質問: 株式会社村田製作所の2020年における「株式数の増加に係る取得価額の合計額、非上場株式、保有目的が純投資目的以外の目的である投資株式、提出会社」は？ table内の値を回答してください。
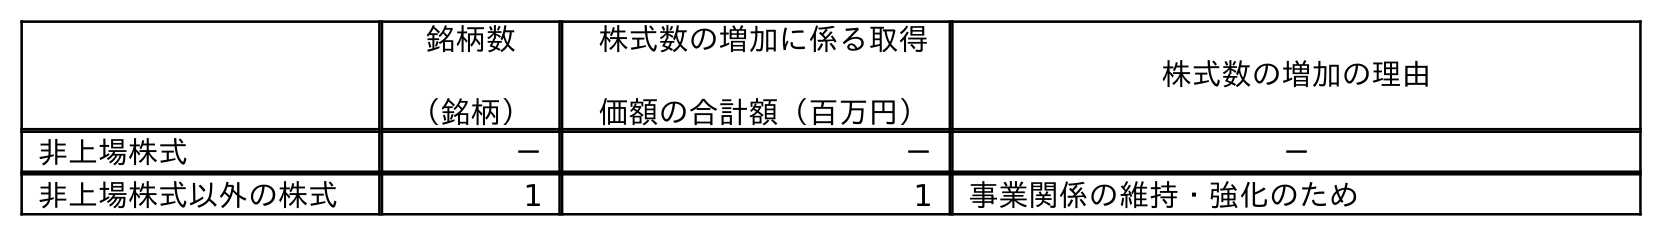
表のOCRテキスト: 銘柄数 （銘柄） 株式数の増加に係る取得 価額の合計額（百万円） 株式数の増加の理由 非上場株式 － － － 非上場株式以外の株式 1 1 事業関係の維持・強化のため
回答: －